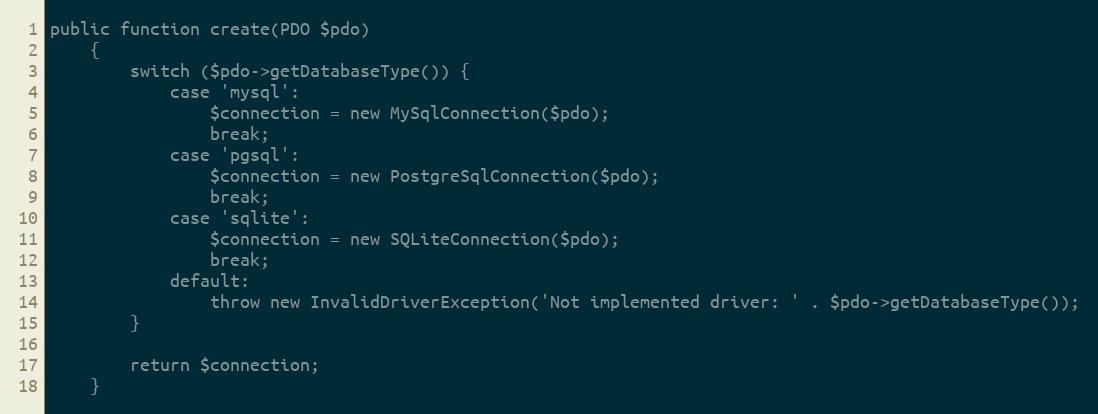
Language: PHP
public function create(PDO $pdo)
    {
        switch ($pdo->getDatabaseType()) {
            case 'mysql':
                $connection = new MySqlConnection($pdo);
                break;
            case 'pgsql':
                $connection = new PostgreSqlConnection($pdo);
                break;
            case 'sqlite':
                $connection = new SQLiteConnection($pdo);
                break;
            default:
                throw new InvalidDriverException('Not implemented driver: ' . $pdo->getDatabaseType());
        }

        return $connection;
    }